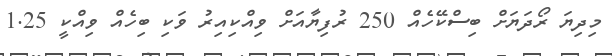
މިދިޔަ ރޯދަޔަށް ބިސްކޭހެއް 250 ރުފިޔާއަށް ވިއްކިއިރު ވަކި ބިހެއް ވިއްކީ 1.25